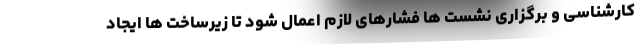
کارشناسی و برگزاری نشست ها فشارهای لازم اعمال شود تا زیرساخت ها ایجاد